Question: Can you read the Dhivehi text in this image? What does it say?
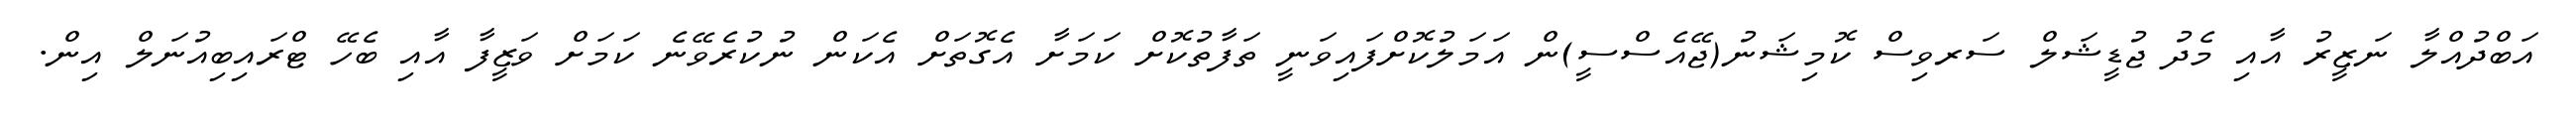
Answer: އަބްދުއްލާ ނަޒީރު އާއި މެދު ޖުޑީޝަލް ސަރވިސް ކޮމިޝަނު(ޖޭއެސްސީ)ން އަމަލުކޮށްފައިވަނީ ތަފާތުކޮށް ކަމަށާ އެގޮތަށް އެކަން ނުކުރެވޭނެ ކަމަށް ވަޒީފާ އާއި ބެހޭ ޓްރައިބިއުނަލް އިން.